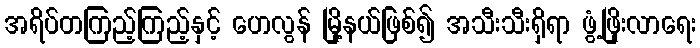
အရိပ်တကြည့်ကြည့်နှင့် ဟေလွန် မြို့နယ်ဖြစ်၍ အသီးသီးရှိရာ ဖွံ့ဖြိုးလာရေး